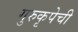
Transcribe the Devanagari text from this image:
गुरुकृपेची